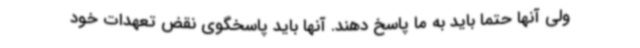
ولی آنها حتما باید به ما پاسخ دهند. آنها باید پاسخگوی نقض تعهدات خود